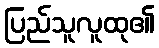
ပြည်သူလူထု၏